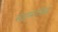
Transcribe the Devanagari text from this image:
सद्दमारिब